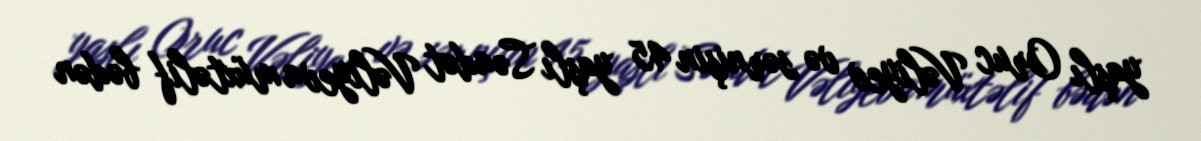
yaşlı Oruc Vəliyev və sərnişin 45 yaşlı Səadət Vəliyeva müxtəlif bədən